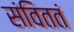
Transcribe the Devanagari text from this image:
संविततं